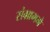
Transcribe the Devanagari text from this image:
संग्राममे